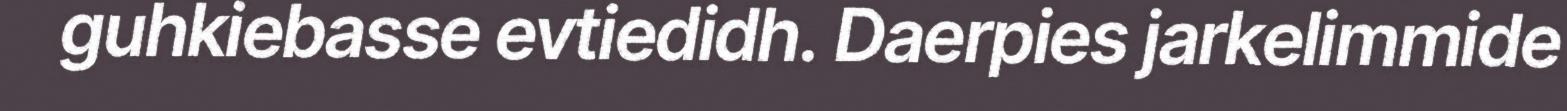
guhkiebasse evtiedidh. Daerpies jarkelimmide